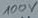
Text: 100V